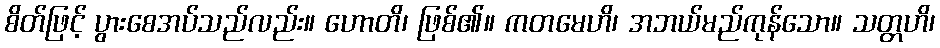
စိတ်ဖြင့် ပွားစေအပ်သည်လည်း။ ဟောတိ၊ ဖြစ်၏။ ကတမေဟိ၊ အဘယ်မည်ကုန်သော။ သတ္တဟိ၊